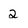
Character: 2